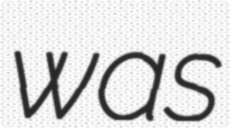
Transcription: was